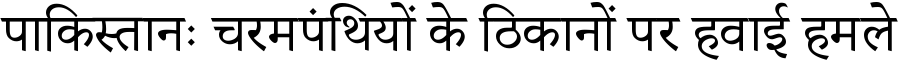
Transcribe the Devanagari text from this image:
पाकिस्तानः चरमपंथियों के ठिकानों पर हवाई हमले